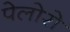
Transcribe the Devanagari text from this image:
पेलोरो